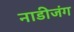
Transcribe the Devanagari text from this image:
नाडीजंग